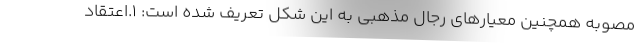
مصوبه همچنین معیارهای رجال مذهبی به این شکل تعریف شده است: ۱.اعتقاد